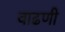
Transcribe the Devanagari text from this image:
वाढणी